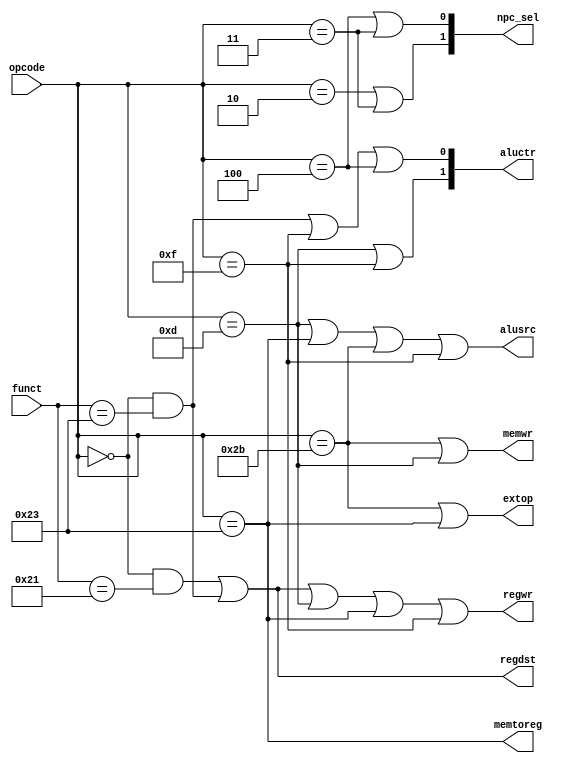
module ctr(opcode,funct,npc_sel,regwr,regdst,extop,aluctr,memwr,memtoreg,alusrc);
  input [5:0] opcode;
  input [5:0] funct;
  output [1:0] npc_sel;
  output regwr;
  output regdst;
  output extop;
  output alusrc;
  output [1:0] aluctr;
  output memwr;
  output memtoreg;
  
  wire addu,subu,ori,lw,sw,beq,lui,j,jal;
  
  assign addu=(opcode==6'b000000)&&(funct==6'b100001);
  assign subu=(opcode==6'b000000)&&(funct==6'b100011);
  assign ori=(opcode==6'b001101);
  assign lw=(opcode==6'b100011);
  assign sw=(opcode==6'b101011);
  assign beq=(opcode==6'b000100);
  assign lui=(opcode==6'b001111);
  assign j=(opcode==6'b000010);
  assign jal=(opcode==6'b000011);
  
  assign regdst=addu|subu;
  assign alusrc=ori|lw|sw|lui;
  assign memtoreg=lw;
  assign regwr=addu|subu|ori|lw|lui;
  assign memwr=sw|ori;
  assign npc_sel[0]=beq|jal;
  assign npc_sel[1]=j|jal;
  assign aluctr[0]=subu|lui|beq;
  assign aluctr[1]=ori|lui;
  assign extop=sw|lw;         	 	
  
endmodule